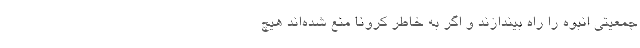
جمعیتی انبوه را راه بیندازند و اگر به خاطر کرونا منع شده‌اند هیچ